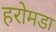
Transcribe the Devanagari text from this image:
हरोमडा